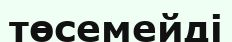
төсемейді